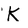
Character: K